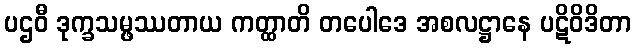
ပဌဝီ ဒုက္ခသမ္ဖဿတာယ ကတ္ထာတိ တပေါဒေ အစလဋ္ဌာနေ ပဋိဝိဒိတာ